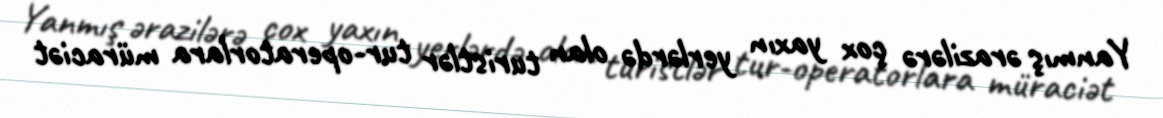
Yanmış ərazilərə çox yaxın yerlərdə olan turistlər tur-operatorlara müraciət